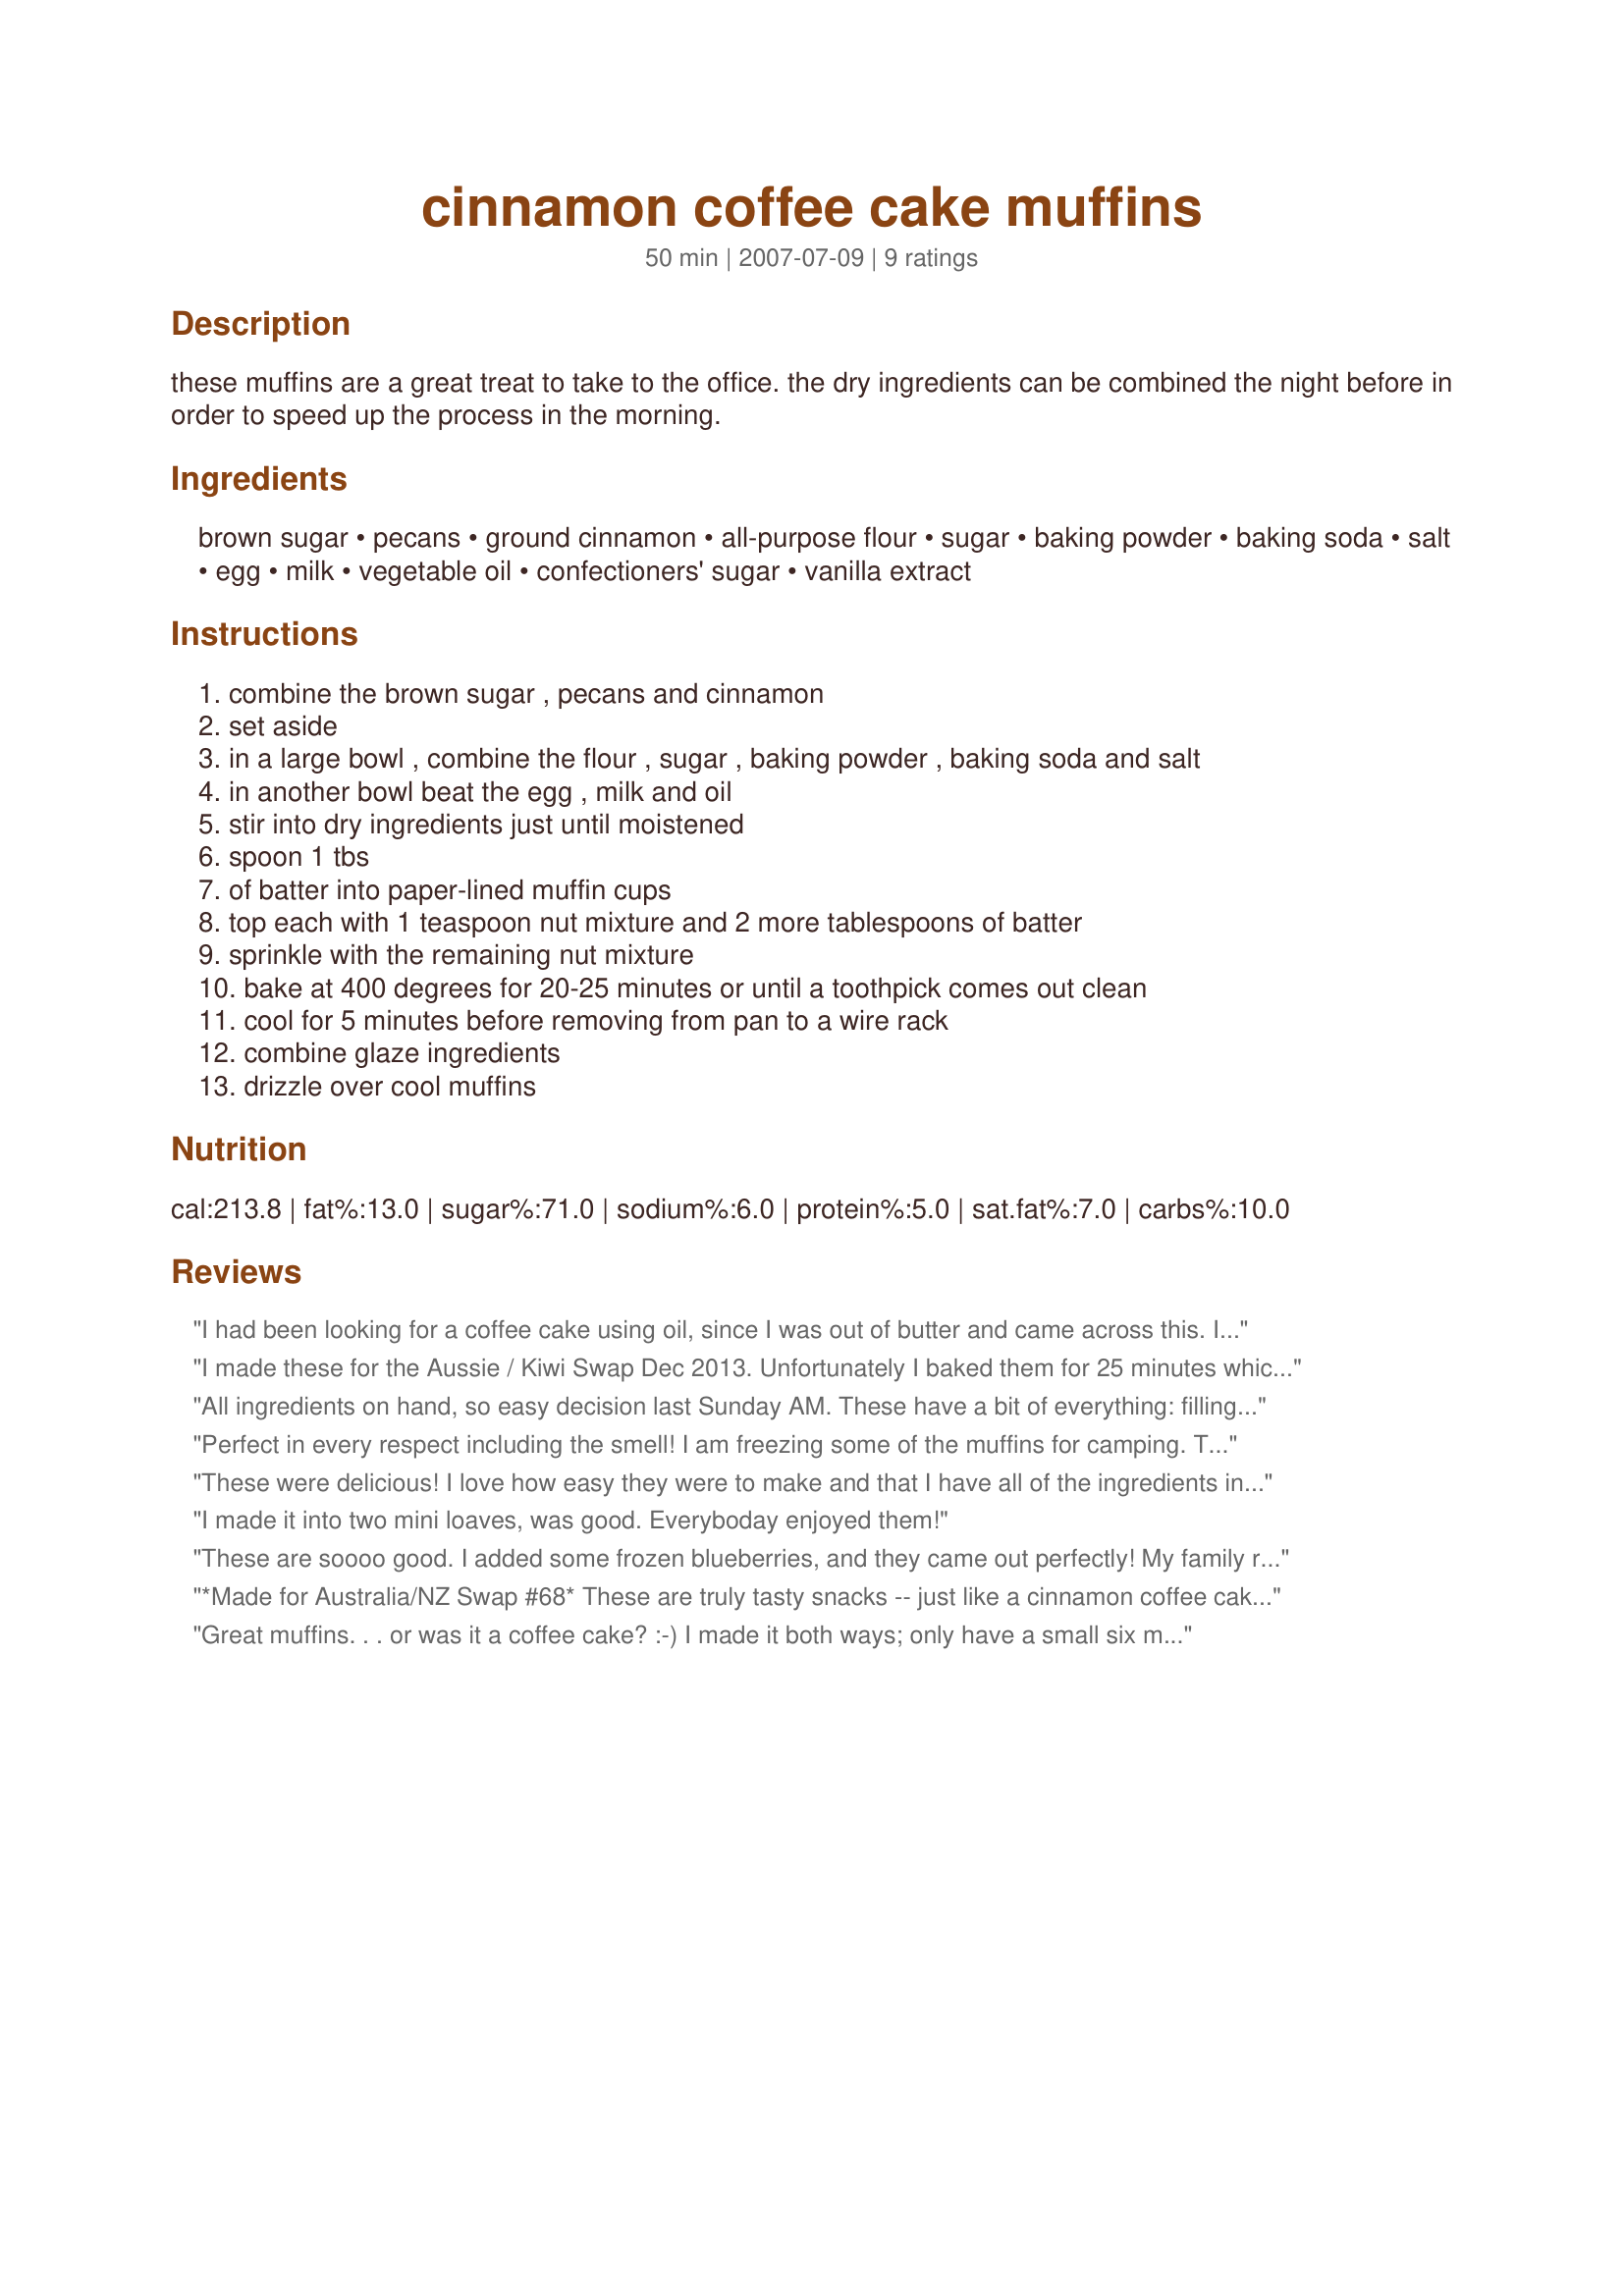
cinnamon coffee cake muffins
Preparation time: 50 minutes

these muffins are a great treat to take to the office. the dry ingredients can be combined the night before in order to speed up the process in the morning.

Ingredients:
brown sugar, pecans, ground cinnamon, all-purpose flour, sugar, baking powder, baking soda, salt, egg, milk, vegetable oil, confectioners' sugar, vanilla extract

Steps:
combine the brown sugar , pecans and cinnamon
set aside
in a large bowl , combine the flour , sugar , baking powder , baking soda and salt
in another bowl beat the egg , milk and oil
stir into dry ingredients just until moistened
spoon 1 tbs
of batter into paper-lined muffin cups
top each with 1 teaspoon nut mixture and 2 more tablespoons of batter
sprinkle with the remaining nut mixture
bake at 400 degrees for 20-25 minutes or until a toothpick comes out clean
cool for 5 minutes before removing from pan to a wire rack
combine glaze ingredients
drizzle over cool muffins

Reviews:
I had been looking for a coffee cake using oil, since I was out of butter and came across this. I misread the title (thinking it was for a cake, not muffins) but decided to put it in a square pan anyway! This resulted in a classic coffee cake, with a very fluffy inside. I loved that the topping got nice and toasty, adhered to the cake without crumbling, all without any butter! Thanks Chef Buggsy, for posting. I'll be making this one again!

Roxygirl
I made these for the Aussie / Kiwi Swap Dec 2013. Unfortunately I baked them for 25 minutes which proved to be too long and they were over done. I was hoping to make them again and get a photo but Christmas is looming and I&#039;ve run out of time. The other thing that didn&#039;t quite work out, is these are meant to make 12 muffins which would be 36 tablespoons of mixture, but my mixture didn&#039;t seems to go that far. I think next time I would do 9 muffins instead of trying to get 12. Otherwise they are very easy to make and if I&#039;d cooked them for 18 - 20 minutes, they would have been perfect.
All ingredients on hand, so easy decision last Sunday AM. These have a bit of everything: filling, topping, and icing. Delish! Thanks for posting.
Perfect in every respect including the smell! I am freezing some of the muffins for camping. The only thing I might do differently next time is sub in applesauce to replace some of the oil which would not affect the taste of this delicious muffin but would bring the fat amount down a bit. I would pour some applesauce into the 1/3 cup and then pour in the oil to fill it up-save myself a dish to wash. Thank you a for great keeper. Made for the Vegetarian/Vegan Recipe Swap '08 for the Peppers.
These were delicious! I love how easy they were to make and that I have all of the ingredients in my pantry. They freeze and re-heat well too even with the glaze. I heat them at 250 degrees in my toaster oven for about 15-20 minutes. They are warm like they have been freshly made and the glaze doesn't burn or melt off.
I made it into two mini loaves, was good. Everyboday enjoyed them!
These are soooo good. I added some frozen blueberries, and they came out perfectly! My family really enjoyed them.
*Made for Australia/NZ Swap #68* These are truly tasty snacks -- just like a cinnamon coffee cake ! A bit labor intensive -- and there wasn't quite enough batter to complete 2 Tbsp. on top -- but the ones with just 1 were fine, and baked to fill the cups. I even cut back on the sugar, which didn't affect the taste at all. I baked for just over 20 minutes, and they were a tad dry first out of the oven, but were just great next morning for breakfast. We are enjoying them -- just the right size. Thanks for posting, Chef Buggsy Mate.
Great muffins. . . or was it a coffee cake? :-) I made it both ways; only have a small six muffin tin on the boat, so baked the other half in a mini loaf pans. Thanks for sharing a great recipe!
